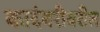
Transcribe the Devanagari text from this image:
कादंबरीवरील